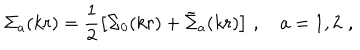
{ \Sigma } _ { a } ( k r ) = \frac 1 2 \left[ { \Sigma } _ { 0 } ( k r ) + { \tilde { \Sigma } } _ { a } ( k r ) \right] \, , \quad a = 1 , 2 \, \, ,